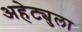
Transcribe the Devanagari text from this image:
अहेट्युला